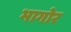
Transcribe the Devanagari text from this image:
भागोर